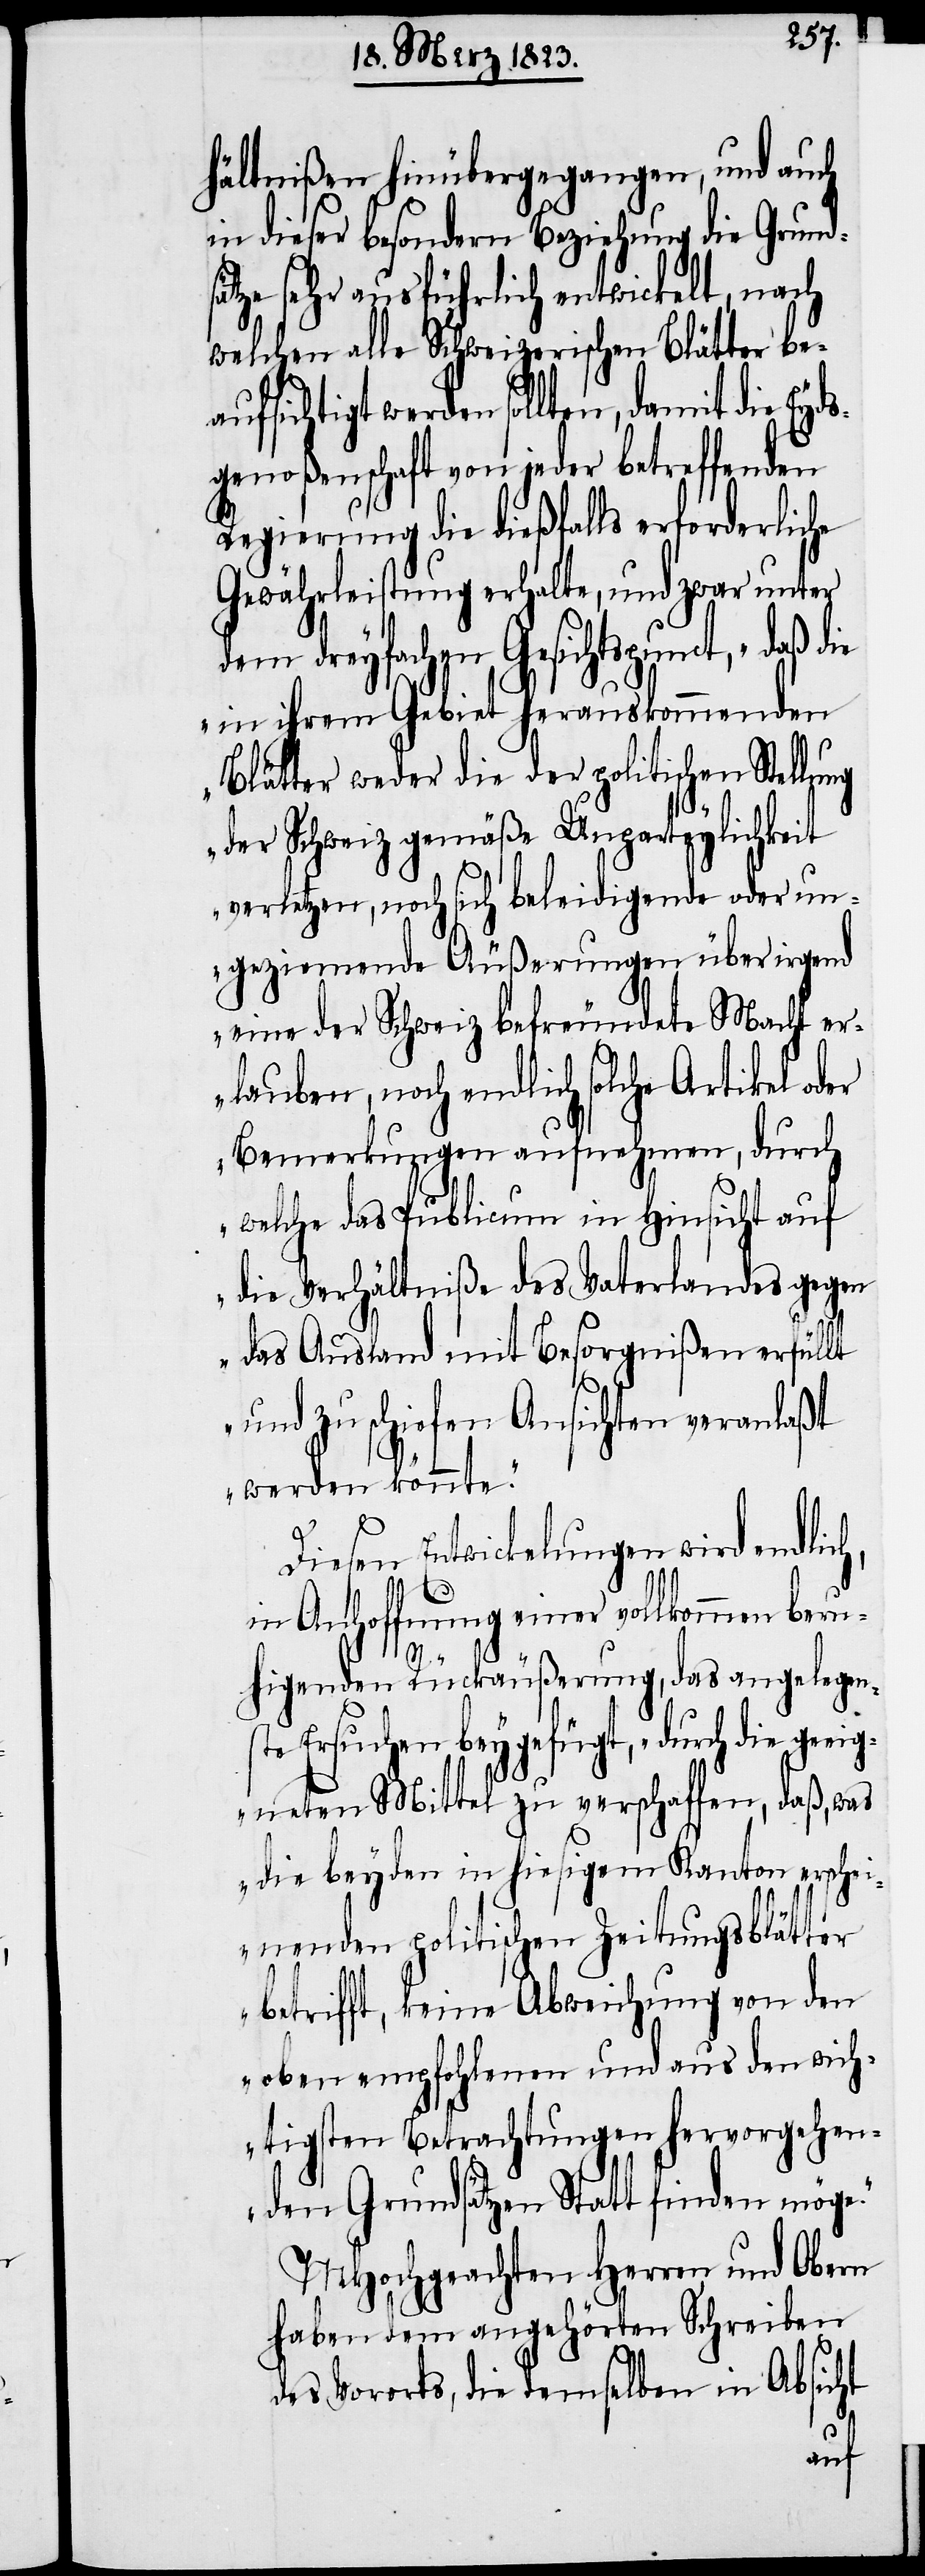
hältnißen hinübergegangen, und auch
in dieser besondern Beziehung die Grunds¬
ätze sehr ausführlich entwickelt, nach
welchen alle Schweizerischen Blätter be¬
aufsichtigt werden sollten, damit die Eyd¬
sgenoßenschaft von jeder betreffenden
Regierung die dießfalls erforderliche
Gewährleistung erhalte, und zwar unter
dem dreyfachen Gesichtspunct, „daß d¬
ie in ihrem Gebiet herauskommenden
Blätter weder die der politischen Stellung
der Schweiz gemäße Unparteylichkeit
verletzen, noch sich beleidigende oder un¬
geziemende Äußerungen über irgend
eine der Schweiz befreundete Macht er¬
lauben, noch endlich solche Artikel
Bemerkungen aufnehmen, durch
welche das Publicum in Hinsicht auf
die Verhältniße des Vaterlandes gegen
das Ausland mit Besorgnißen erfüllt
und zu schiefen Ansichten veranlaßt
werden könnte.“
Diesen Entwickelungen wird endlic¬
in Anhoffnung einer vollkommen beru¬
higenden Rückäußerung, das angelegens¬
te Ersuchen beygefügt, „durch die gee¬
igneten Mittel zu verschaffen, daß, was
die beyden in hiesigem Kanton erschei¬
nenden politischen Zeitungsblätter
betrifft, keine Abweichung von den
oben empfohlenen und aus den wich¬
tigsten Betrachtungen hervorgehen¬
den Grundsätzen Statt finden möge.“
MHochgeachten Herren und Obern
haben dem angehörten Schreiben
des Vororts, die demselben in Absicht
h,